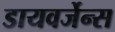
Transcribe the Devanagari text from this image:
डायवर्जेन्स